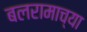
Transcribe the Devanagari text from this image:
बलरामाच्या